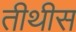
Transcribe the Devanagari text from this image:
तीथीस